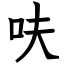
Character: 呋